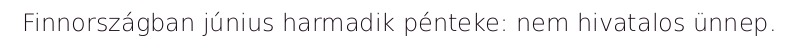
Finnországban június harmadik pénteke: nem hivatalos ünnep.